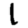
Digit: 1